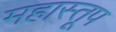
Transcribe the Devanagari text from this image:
महास्तूप